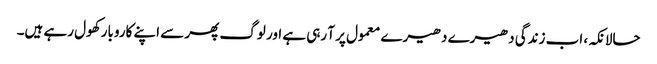
حالانکہ، اب زندگی دھیرے دھیرے معمول پر آ رہی ہے اور لوگ پھر سے اپنے کاروبار کھول رہے ہیں۔